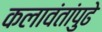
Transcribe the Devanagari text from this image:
कलावंतांपुढे